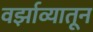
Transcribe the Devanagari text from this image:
वर्झाव्यातून